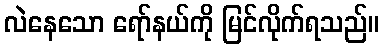
လဲနေသော ရော်နယ်ကို မြင်လိုက်ရသည်။